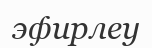
эфирлеу